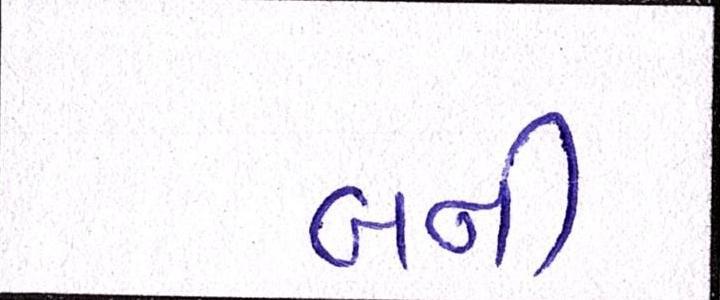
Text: બની